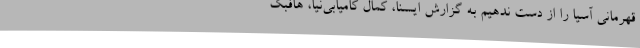
قهرمانی آسیا را از دست ندهیم به گزارش ایسنا، کمال کامیابی‌نیا، هافبک